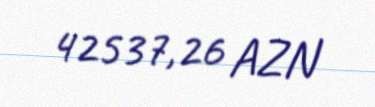
42537,26 AZN